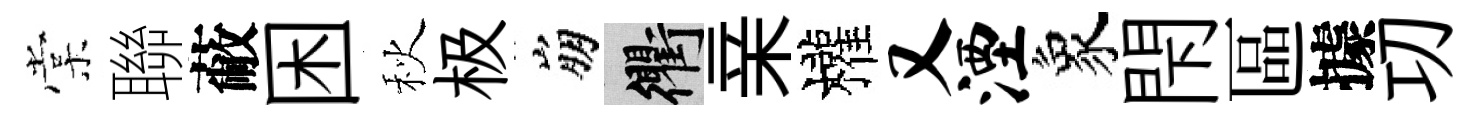
棠聯蔽困秋极崩衢亲權又湮象閇區據㓛